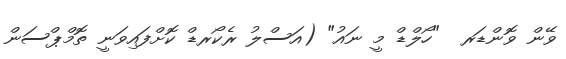
ވޭން ވޮންޑަރ  "ހޯލްޑް މީ ނައު" (އަސްލު ރެކޯރޑް ކޮށްފައިވަނީ ތޮމްޕްސަން